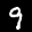
Label: 9